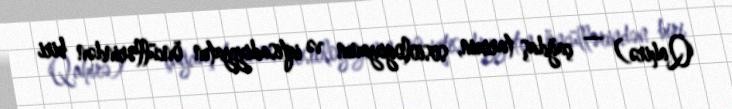
Qahirə) — çağdaş tarixin, sosiologiyanın və iqtisadiyyatın öncüllərindən biri